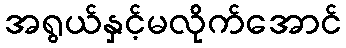
အရွယ်နှင့်မလိုက်အောင်